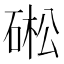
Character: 硹